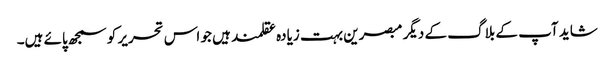
شاید آپ کے بلاگ کے دیگر مبصرین بہت زیادہ عقلمند ہیں جو اس تحریر کو سمجھ پائے ہیں۔